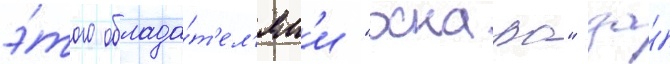
э́того облада́т'ел'ям'и "оскара" за́